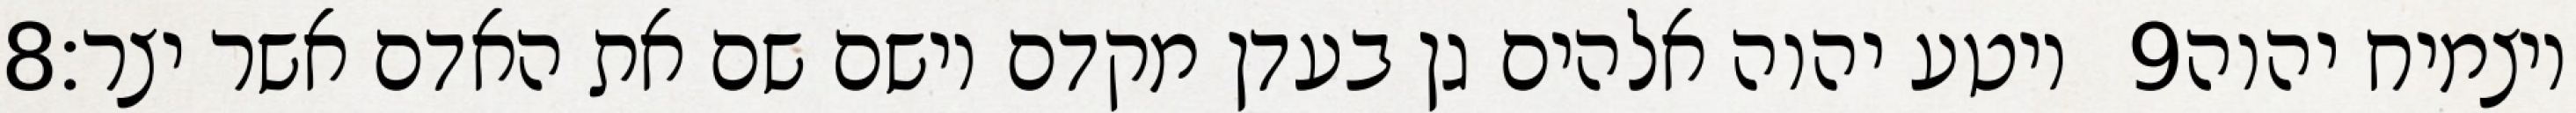
‎8‏ ויטע יהוה אלהים גן בעדן מקדם וישם שם את האדם אשר יצר׃ ‎9‏ ויצמיח יהוה